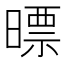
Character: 㬓